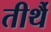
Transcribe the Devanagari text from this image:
तीर्थै